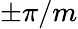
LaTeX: \pm\pi/m